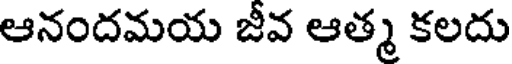
ఆనందమయ జీవ ఆత్మ కలదు